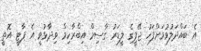
އެ ބައްދަލުވުމަށްފަހު ޖޭޕީގެ ލީޑަރު ގާސިމް އިބްރާހިމް ވިދާޅުވީ އެ ޕާޓީ އޮތީ